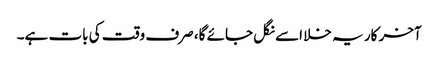
آخر کار یہ خلا اسے نگل جائے گا، صرف وقت کی بات ہے۔